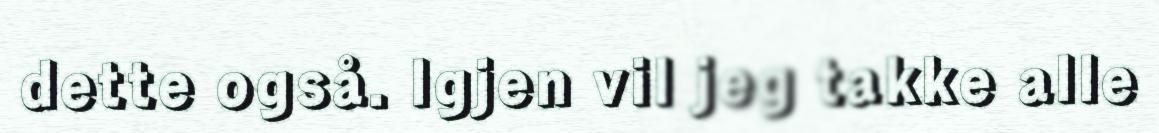
dette også. Igjen vil jeg takke alle